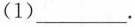
(1)____________。